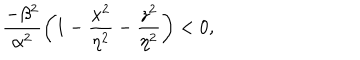
{ \frac { - \beta ^ { 2 } } { \alpha ^ { 2 } } } \bigg ( 1 - { \frac { x ^ { 2 } } { \eta ^ { 2 } } } - { \frac { z ^ { 2 } } { \eta ^ { 2 } } } \bigg ) < 0 ,